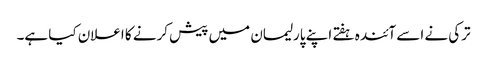
ترکی نے اسے آئندہ ہفتے اپنے پارلیمان میں پیش کرنے کا اعلان کیا ہے۔